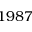
1 9 8 7